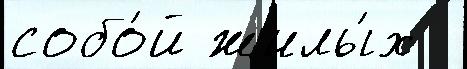
собо́й жилы́х